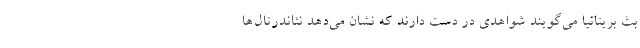
بث بریتانیا می‌گویند شواهدی در دست دارند که نشان می‌دهد نئاندرتال‌ها